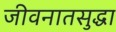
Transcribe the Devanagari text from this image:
जीवनातसुद्धा